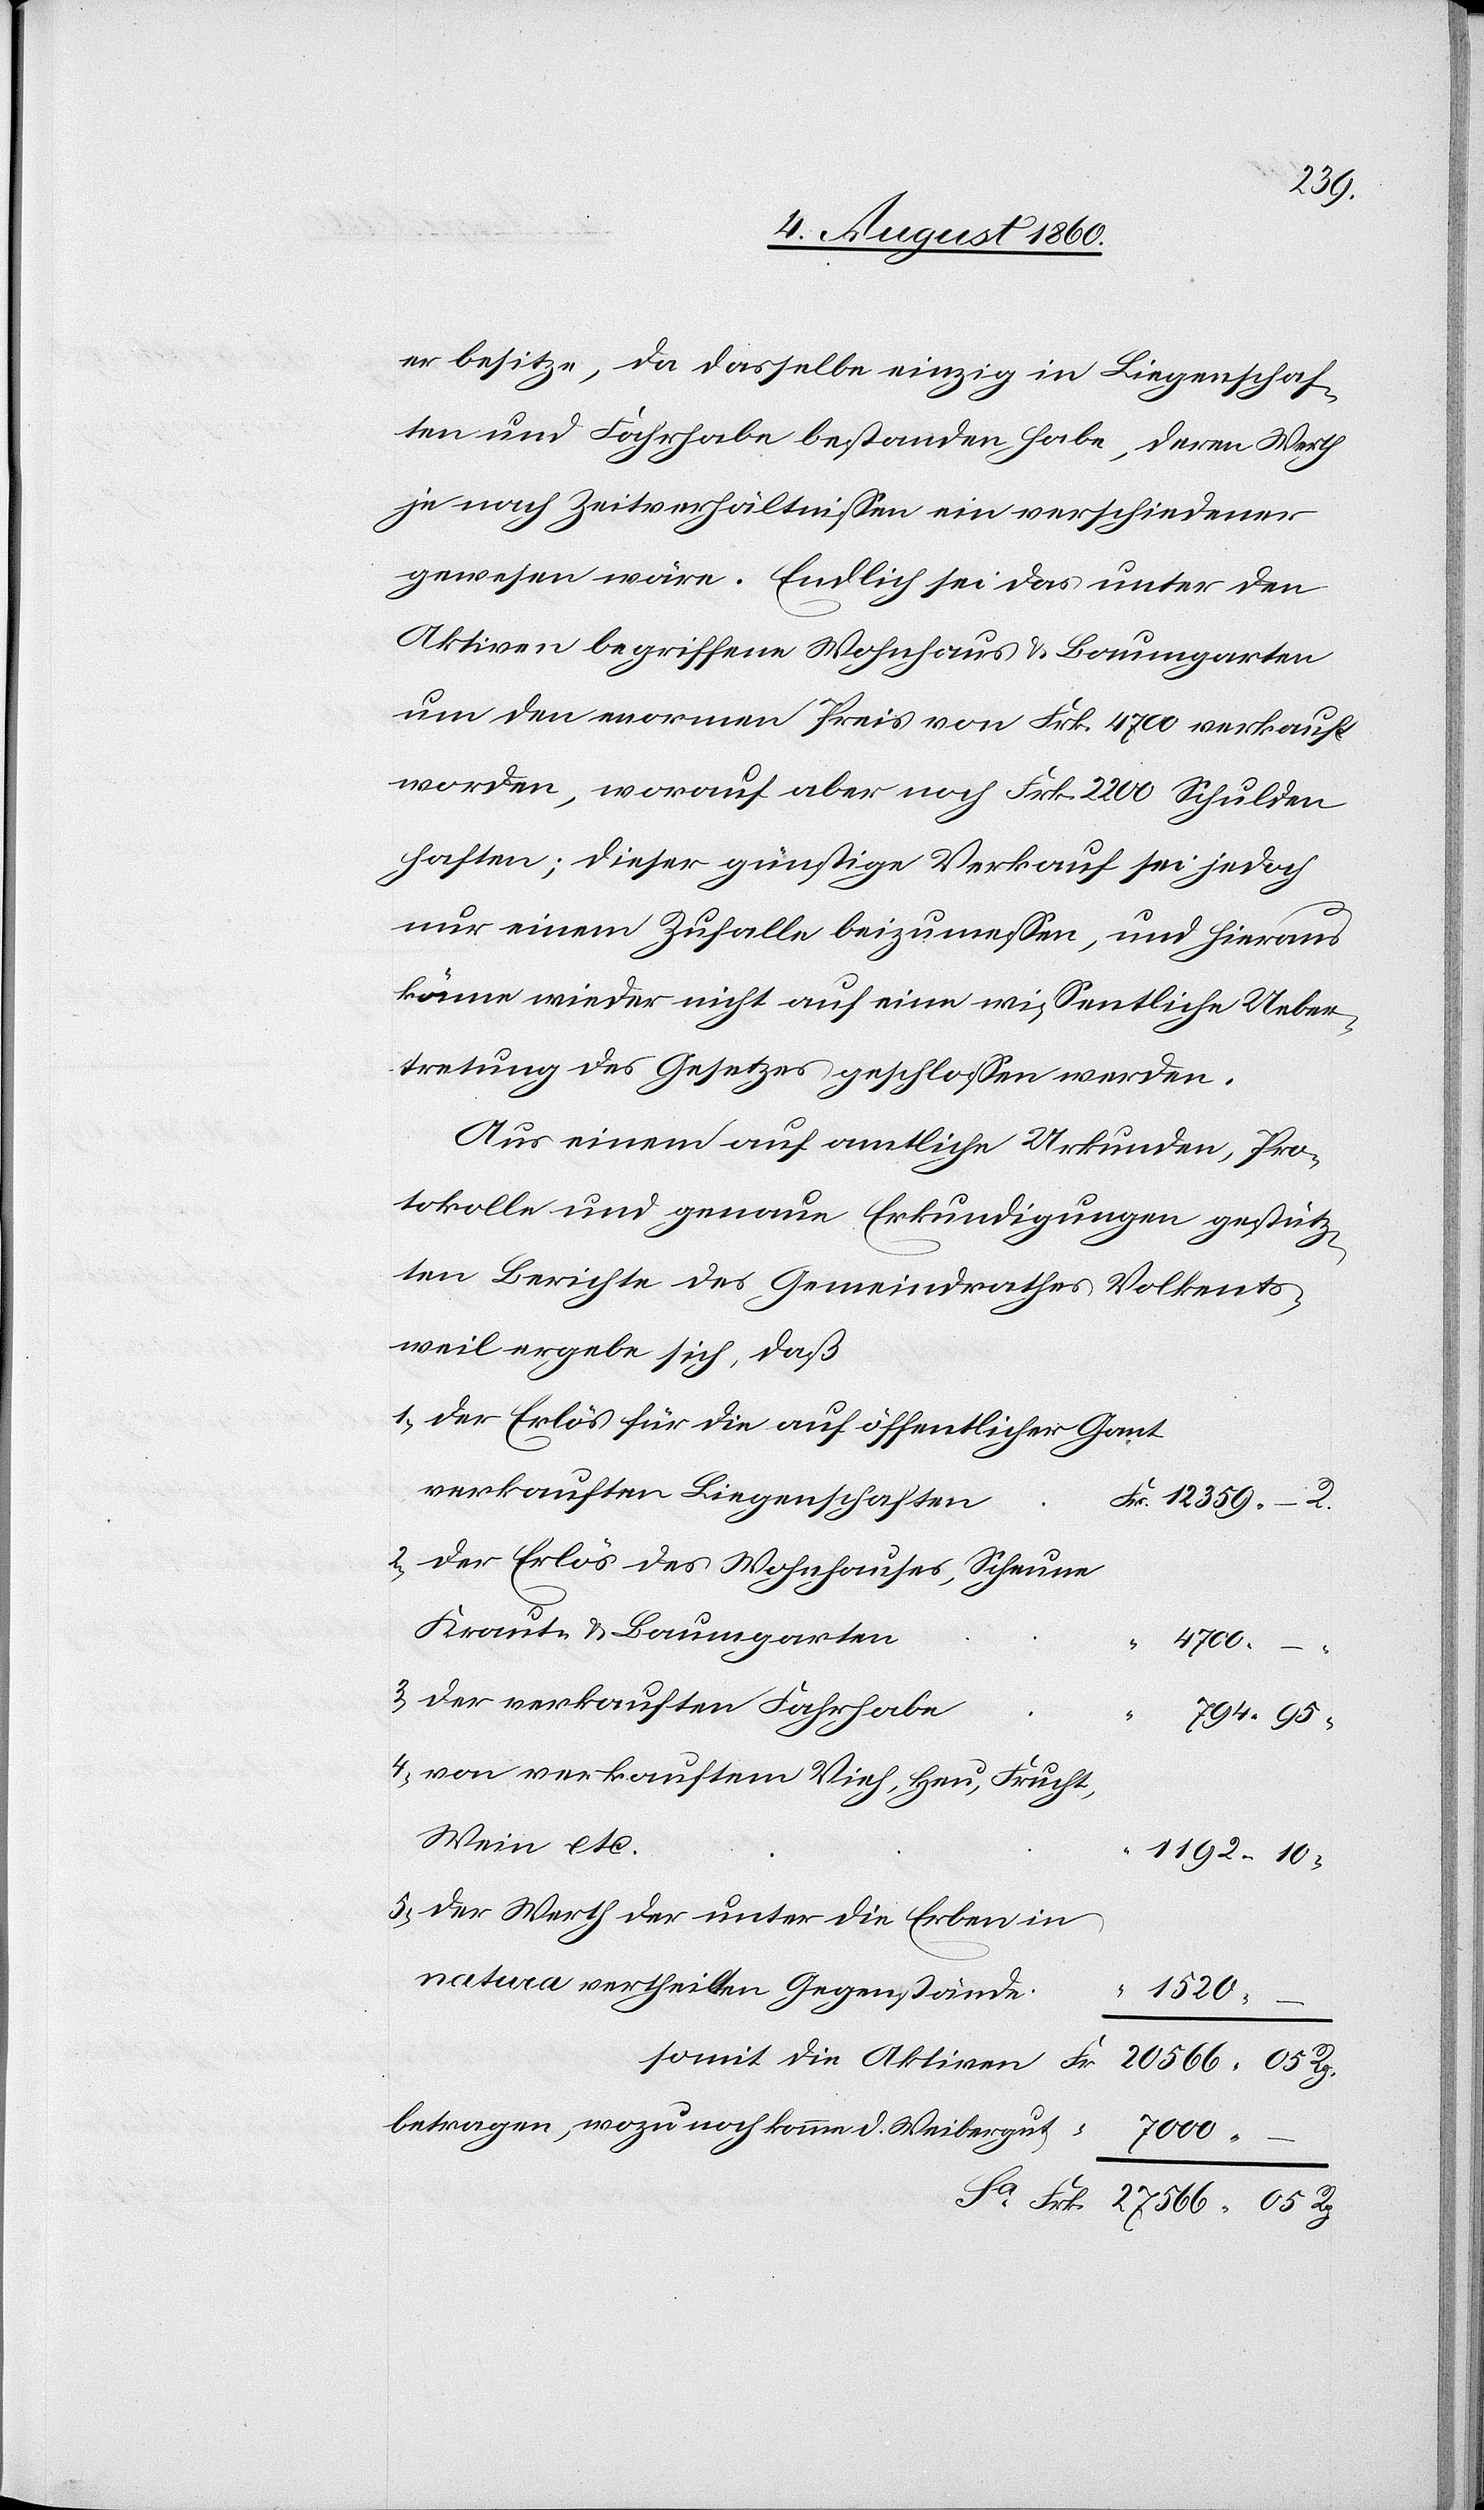
1192.
er besitze, da dasselbe einig in Liegenschaf¬
ten und Fahrhabe bestanden habe, deren Werth
je nach Zeitverhältnissen ein verschiedener
gewesen wäre. Endlich sei das unter den
Aktiven begriffene Wohnhaus und Baumgarten
um den enormen Preis von fcs. 4700 verkauft
worden, worauf aber noch fcs. 2200 Schulden
haften; dieser günstige Verkauf sei jedoch
nur einem Zufalle beizumessen und hieraus
könne wieder nicht auf eine wissentliche Ueber¬
tretung des Gesetzes geschlossen werden.
Aus einem auf amtliche Urkunden, Pro¬
tokolle und genaue Erkundigungen gestütz¬
ten Berichte des Gemeindrathes Volkets¬
weil ergebe sich dass
1) der Erlös für die auf öffentlicher Gant
verkauften Liegenschaften
2) der Erlös des Wohnhauses, Scheune,
Kraut- u. Baumgarten
27,566.
05.
3) der verkauften Fahrhabe
4) von verkauftem Vieh, Heu, Frucht,
Wein etc.
5) der Werth der unter die Erben in
natura vertheilten Gegenstände
1,520.
somit die Aktiven:
Rp.
betragen, wozu noch komme das Waibergut
7,000.